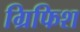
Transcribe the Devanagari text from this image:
ग्रिफिश